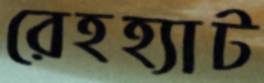
রেহহ্যাট